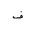
Letter: _fa